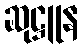
ဆုဋ္ဌူန